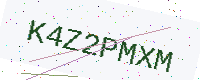
Text: K4Z2PMXM